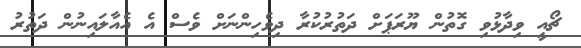
ޗޯއީ ވިދާޅުވި ގޮތުން ޔޫރަޕަށް ދަތުރުކުރާ ދިވެހިންނަށް ވެސް އެ އެއާލައިނުން ދަތުރު